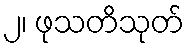
၂၊ ဖုသတိသုတ်